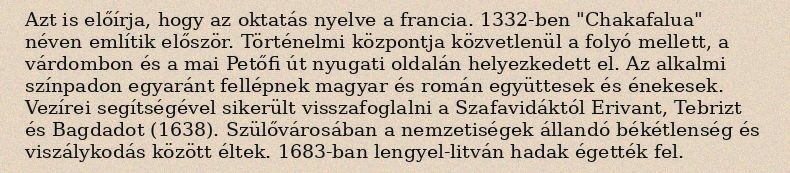
Azt is előírja, hogy az oktatás nyelve a francia. 1332-ben "Chakafalua" néven említik először. Történelmi központja közvetlenül a folyó mellett, a várdombon és a mai Petőfi út nyugati oldalán helyezkedett el. Az alkalmi színpadon egyaránt fellépnek magyar és román együttesek és énekesek. Vezírei segítségével sikerült visszafoglalni a Szafavidáktól Erivant, Tebrizt és Bagdadot (1638). Szülővárosában a nemzetiségek állandó békétlenség és viszálykodás között éltek. 1683-ban lengyel-litván hadak égették fel.